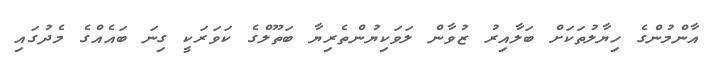
އާންމުންގެ ހިޔާލުތަކަށް ބަލާއިރު ޒުވާން ލަވަކިޔުންތެރިޔާ ބަތޫލްގެ ކަވަރަކީ ގިނަ ބައެއްގެ މެދުގައި